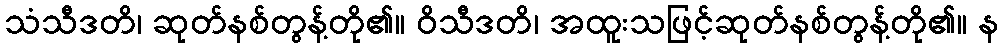
သံသီဒတိ၊ ဆုတ်နစ်တွန့်တို၏။ ဝိသီဒတိ၊ အထူးသဖြင့်ဆုတ်နစ်တွန့်တို၏။ န